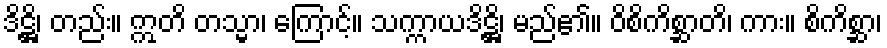
ဒိဋ္ဌိ၊ တည်း။ ဣတိ တသ္မာ၊ ကြောင့်။ သက္ကာယဒိဋ္ဌိ၊ မည်၏။ ဝိစိကိစ္ဆာတိ၊ ကား။ စိကိစ္ဆာ၊